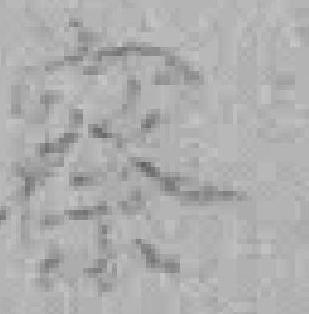
察